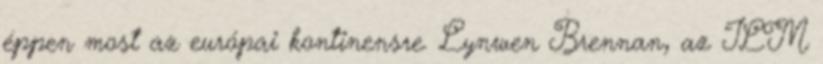
éppen most az európai kontinensre. Lynwen Brennan, az ILM